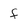
Character: f